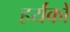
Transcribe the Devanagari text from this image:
हर्यंकों